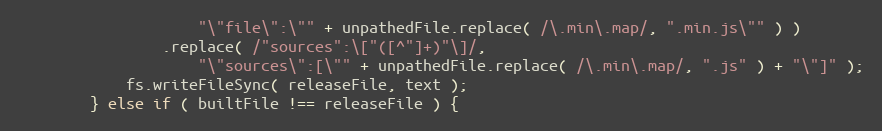
Language: JavaScript
					"\"file\":\"" + unpathedFile.replace( /\.min\.map/, ".min.js\"" ) )
				.replace( /"sources":\["([^"]+)"\]/,
					"\"sources\":[\"" + unpathedFile.replace( /\.min\.map/, ".js" ) + "\"]" );
			fs.writeFileSync( releaseFile, text );
		} else if ( builtFile !== releaseFile ) {